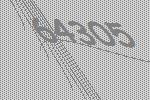
64305